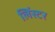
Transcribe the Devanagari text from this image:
लिंस्टर